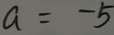
a = - 5